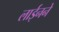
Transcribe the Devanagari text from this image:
लाईनने